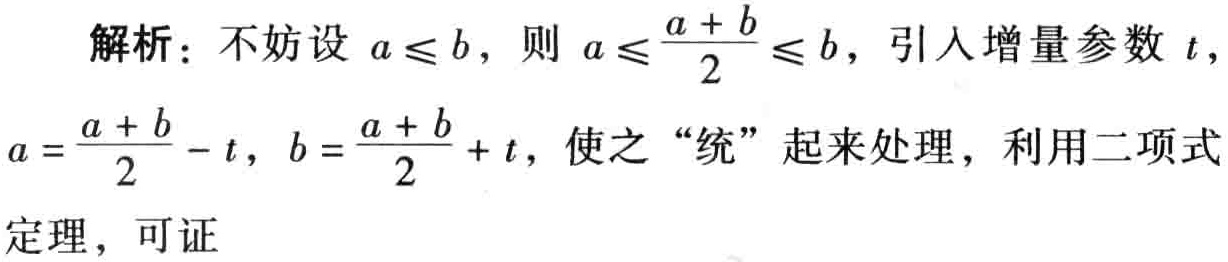
解析：不妨设 \(a \leq b\)，则 \(a \leq \frac{a + b}{2} \leq b\)，引入增量参数 \(t\)，
\(a = \frac{a + b}{2} - t\)，\(b = \frac{a + b}{2} + t\)，使之“统”起来处理，利用二项式
定理，可证